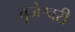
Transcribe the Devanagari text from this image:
बृजेश्वरी